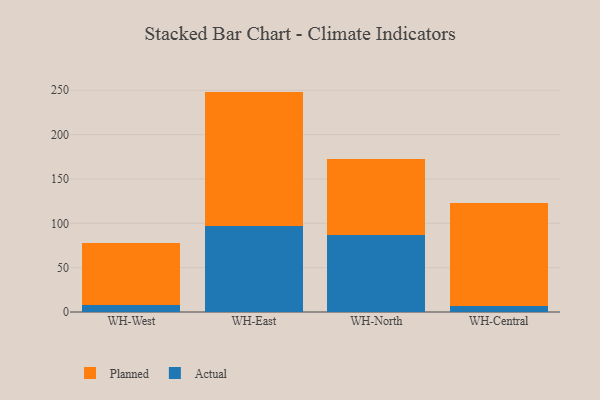
{"axis": {"x": "Warehouse", "y": "Satisfaction Score"}, "legend": ["Actual", "Planned"], "data": [{"x": "WH-West", "y": 8.2, "type": "Actual"}, {"x": "WH-West", "y": 69.2, "type": "Planned"}, {"x": "WH-East", "y": 96.8, "type": "Actual"}, {"x": "WH-East", "y": 151.7, "type": "Planned"}, {"x": "WH-North", "y": 86.8, "type": "Actual"}, {"x": "WH-North", "y": 85.4, "type": "Planned"}, {"x": "WH-Central", "y": 7.2, "type": "Actual"}, {"x": "WH-Central", "y": 115.6, "type": "Planned"}]}